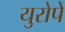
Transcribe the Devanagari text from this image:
युरोपे